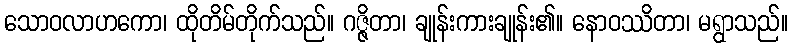
သောဝလာဟကော၊ ထိုတိမ်တိုက်သည်။ ဂဇ္ဇိတာ၊ ချုန်းကားချုန်း၏။ နောဝဿိတာ၊ မရွာသည်။